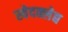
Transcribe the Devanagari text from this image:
स्वेदक्लेद्य